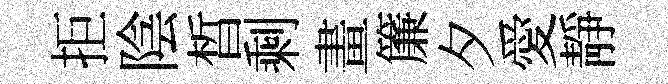
拒陰晳剩畫簾夕愛靜